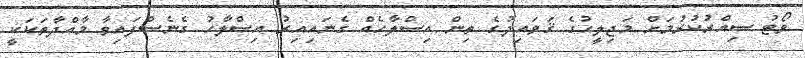
ވޯޓު ސިއްރުކުރުމަށް މަޖިލީހުގެ ޤަވައިދުގެ ތިން އިސްލާހެއް ގެނައިއިރު އިސްލާހު ގެނެސްފައިވާ މާއްދާތަކަކީ